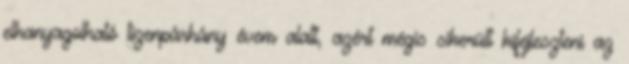
elhanyagolható tizenpárhány évem alatt, azért mégis sikerült kifejleszteni az